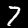
Digit: 7